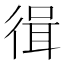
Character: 㣬